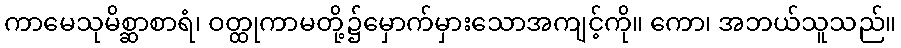
ကာမေသုမိစ္ဆာစာရံ၊ ဝတ္ထုကာမတို့၌မှောက်မှားသောအကျင့်ကို။ ကော၊ အဘယ်သူသည်။